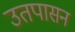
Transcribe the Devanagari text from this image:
उतपासन